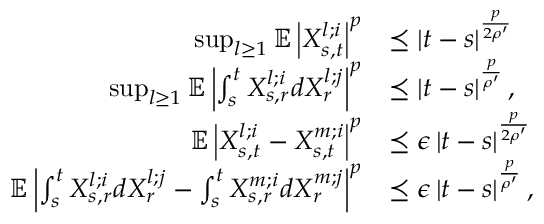
\begin{array} { r l } { \operatorname* { s u p } _ { l \geq 1 } \mathbb { E } \left| X _ { s , t } ^ { l ; i } \right| ^ { p } } & { \preceq \left| t - s \right| ^ { \frac { p } { 2 \rho ^ { \prime } } } } \\ { \operatorname* { s u p } _ { l \geq 1 } \mathbb { E } \left| \int _ { s } ^ { t } X _ { s , r } ^ { l ; i } d X _ { r } ^ { l ; j } \right| ^ { p } } & { \preceq \left| t - s \right| ^ { \frac { p } { \rho ^ { \prime } } } , } \\ { \mathbb { E } \left| X _ { s , t } ^ { l ; i } - X _ { s , t } ^ { m ; i } \right| ^ { p } } & { \preceq \epsilon \left| t - s \right| ^ { \frac { p } { 2 \rho ^ { \prime } } } } \\ { \mathbb { E } \left| \int _ { s } ^ { t } X _ { s , r } ^ { l ; i } d X _ { r } ^ { l ; j } - \int _ { s } ^ { t } X _ { s , r } ^ { m ; i } d X _ { r } ^ { m ; j } \right| ^ { p } } & { \preceq \epsilon \left| t - s \right| ^ { \frac { p } { \rho ^ { \prime } } } , } \end{array}